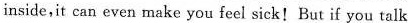
inside,it can even make you feci sick!But if you talk